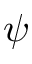
\psi